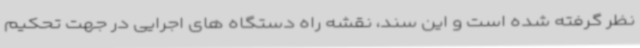
نظر گرفته شده است و این سند، نقشه راه دستگاه های اجرایی در جهت تحکیم